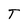
Character: T